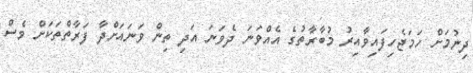
ދިނުމަށް ހަމަޖެހިފައިވާއިރު މުބާރާތުގެ އެއްވަނަ ދެވަނަ އަދި ތިން ވަނައަށްދާ ފަރާތްތަކަށް ވެސް